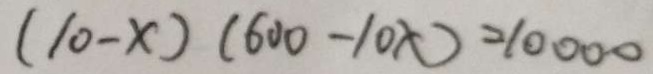
( 1 0 - x ) ( 6 0 0 - 1 0 x ) = 1 0 0 0 0